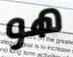
هو